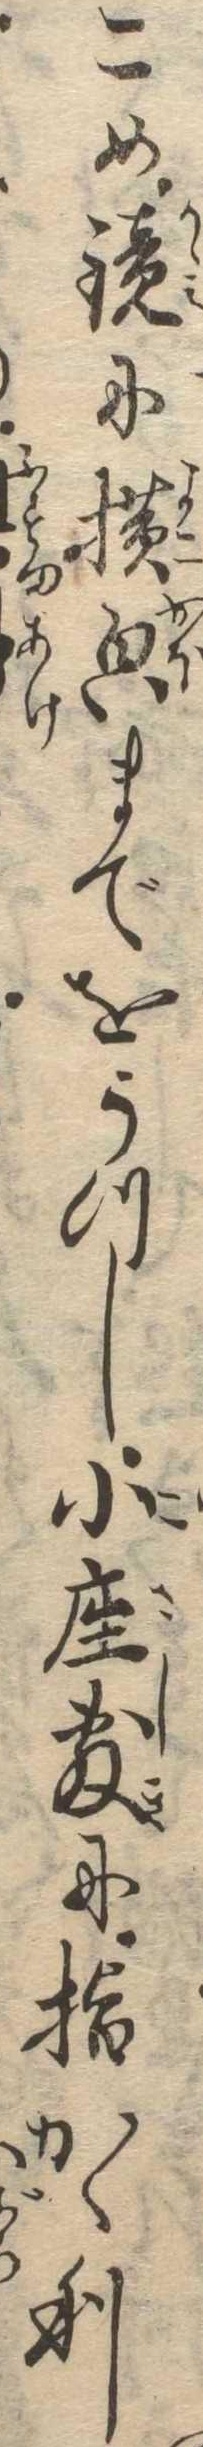
こめ鏡に横までをうつし小座敷に指かゝり